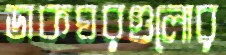
ডাকঘরগুলোর